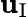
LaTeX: \mathbf{u}_{\mathrm{I}}